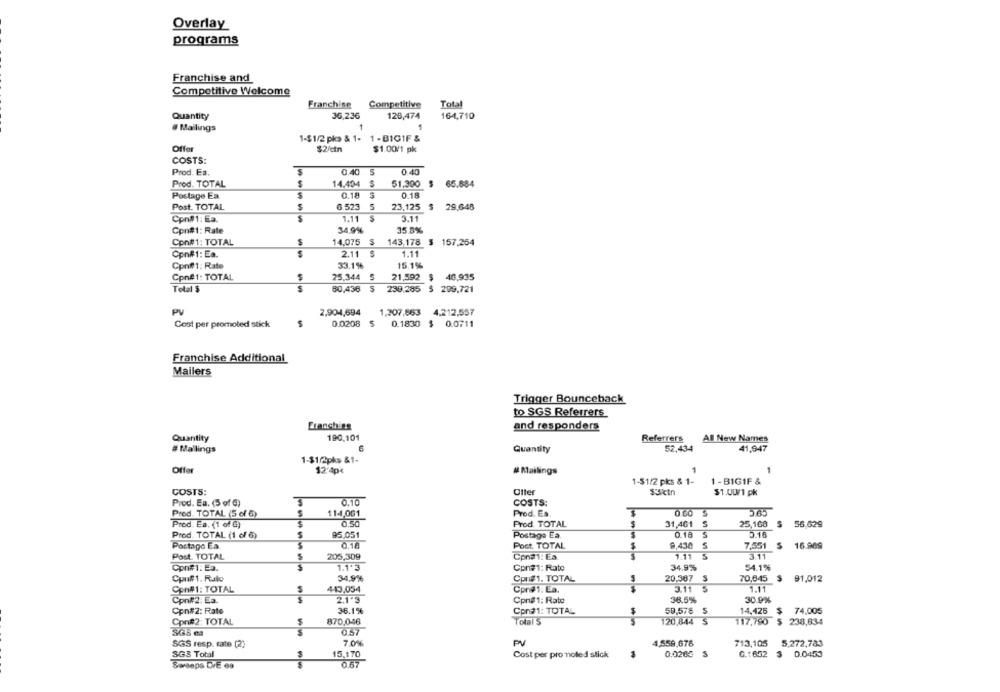
Overlay
programs
Franchise and
Competitive Welcome
Franchise
Competitive
Total
Quantity
36,236
128,474
164,710
# Mailings
1-$1/2 pks & 1- 1 - BIG1F &
Offer
$2/ctn
$1.00/1 pk
COSTS:
Prod. Ea.
0.40
0.40
Prod. TOTAL
$
14.494
51.300
$ 65.884
0.18
0.18
Postage Ea.
Post. TOTAL
6.523
5
23,125 $ 29,648
Con#1: Ea.
1.11
$
3.11
34.9%
35 8%
Con#1: Rate
Con#1: TOTAL
14.075
143,178 $ 157,254
Cpn#1: Ea.
2.11
1.11
Cpnf1: Rate
33.1%
15.1%
Cpn#1: TOTAL
25.344
21,592 $
46,935
Total $
S
50,436 5
230,285 $ 299,721
PV
2,904,694
1,307,863
4.212,557
Cost per promoled stick
S
0.0208
5
0.1830
$ 0.0711
Franchise Additional
Mailers
Trigger Bounceback
to SGS Referrers
Franchir
and responders
190,101
Quantity
Referrers
All New Names
# Mallings
Quantity
52,434
41,947
1-$1/2pks &1-
Offer
12'4p*
# Mailings
1-$1/2 pks & 1-
1 - BIGIF &
Oller
Sulctn
COSTS:
$1.00/1 pk
Prod. Ea. (5 of G)
0.10
COSTS:
0.60 S
Prod. TOTAL (5 of 6)
114,061
Prod. Es.
Prod. Ea. (1 of G)
0.50
Prod TOTAL
31,461
S
25,160
$ 56,629
5
5.16
Prod. TOTAL (1 of 6)
95.051
Postage Ea.
Postago Ea.
0.1A
Post. TOTAL
9,430
M
7.551
16.969
Post. TOTAL
205,309
Cpro1: ES
1.11
5
3.11
Conf1: Ea.
1.1'3
Cpre1: Rato
34.9%
54.1%
Cpu#1. Rato
34.9%
Con#1. TOTAL
20,367 S
70,645 $ 91,012
413,054
Cpr#1: Ea.
1.11
Con#1: TOTAL
Cpn#2: Ea.
2.1'3
Cpn#1: Rato
36.5%
30.9%
Cpn#2: Rate
36.1%
Con#1: TOTAL
50,576 S
14,425 $ 74,005
Con#2: TOTAL
870,046
Total S
120,844 S
117,790 $ 238,634
SGS na
0.57
SGS resp. rate (2)
7.0%
PV
4,559,676
713,105
5,272,783
SGS Total
15.170
Cost per pro moled stick
0.0260
G .: 652
$ 0.0453
Swrseps DE 6a
------
0.67